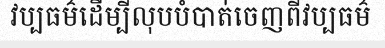
វប្បធម៌ដើម្បីលុបបំបាត់ចេញពីវប្បធម៌